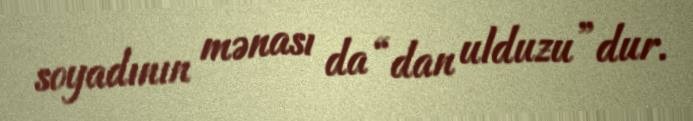
soyadının mənası da “dan ulduzu”dur.